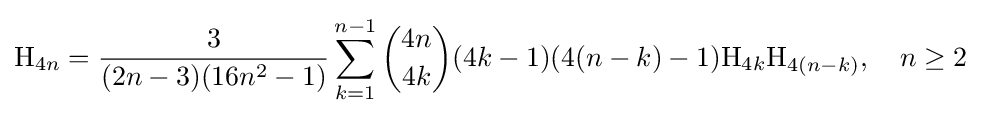
\mathrm {H} _{4n}={\frac {3}{(2n-3)(16n^{2}-1)}}\sum _{k=1}^{n-1}{\binom {4n}{4k}}(4k-1)(4(n-k)-1)\mathrm {H} _{4k}\mathrm {H} _{4(n-k)},\quad n\geq 2